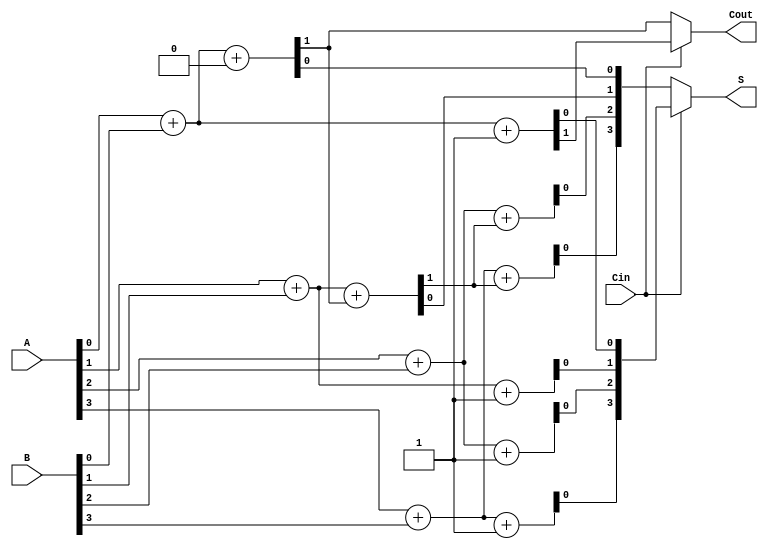
module DynamicCarrySelectAdder (
    input [3:0] A,      // 4-bit input A
    input [3:0] B,      // 4-bit input B
    input Cin,          // Carry-in
    output [3:0] S,     // 4-bit sum output
    output Cout         // Carry-out
);

    wire [3:0] S0, S1;  // Sums for Cin = 0 and Cin = 1
    wire C0, C1;        // Carry-outs for Cin = 0 and Cin = 1
    wire C0_next;       // Carry-out for the next segment

    // First segment (LSB)
    assign {C0, S0[0]} = A[0] + B[0] + 0; // When Cin = 0
    assign {C1, S1[0]} = A[0] + B[0] + 1; // When Cin = 1

    // Second segment
    assign {C0_next, S0[1]} = A[1] + B[1] + C0; // When Cin = C0
    assign {C1, S1[1]} = A[1] + B[1] + 1; // When Cin = 1

    // Third segment
    assign {C0_next, S0[2]} = A[2] + B[2] + C0_next; // When Cin = C0_next
    assign {C1, S1[2]} = A[2] + B[2] + 1; // When Cin = 1

    // Fourth segment (MSB)
    assign {C0_next, S0[3]} = A[3] + B[3] + C0_next; // When Cin = C0_next
    assign {C1, S1[3]} = A[3] + B[3] + 1; // When Cin = 1

    // MUX for selecting the final sum and carry-out
    assign S = Cin ? S1 : S0; // Select sum based on Cin
    assign Cout = Cin ? C1 : C0; // Select carry-out based on Cin

endmodule